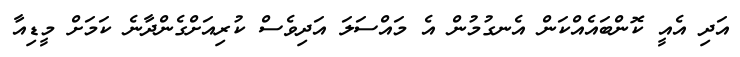
އަދި އެއީ ކޮންބައެއްކަން އެނގުމުން އެ މައްސަލަ އަދިވެސް ކުރިއަށްގެންދާނެ ކަމަށް މީޑިއާ